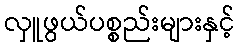
လှူဖွယ်ပစ္စည်းများနှင့်